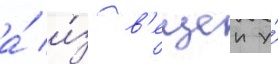
а́ и́з в'ещеи у́